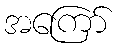
အကြော်